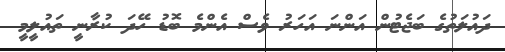
ދައުލަތުގެ ބަޖެޓުން އަންނަ އަހަރު ވެސް އެންމެ ބޮޑު ހޭދަ ކުރާނީ ތައުލީމީ